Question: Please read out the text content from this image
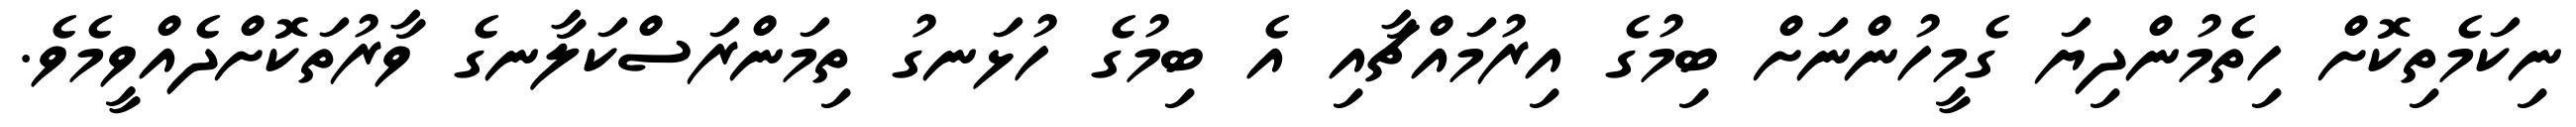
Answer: ނިކަމެތިކޮށް ހިތެމުންދިޔަ ގެމީހުންނަށް ބިމުގެ އިރުމައްޗާއި އެ ބިމުގެ ހުޅަނގު ތިމަންރަސްކަލާނގެ ވާރުތަކޮށްދެއްވީމެވެ.